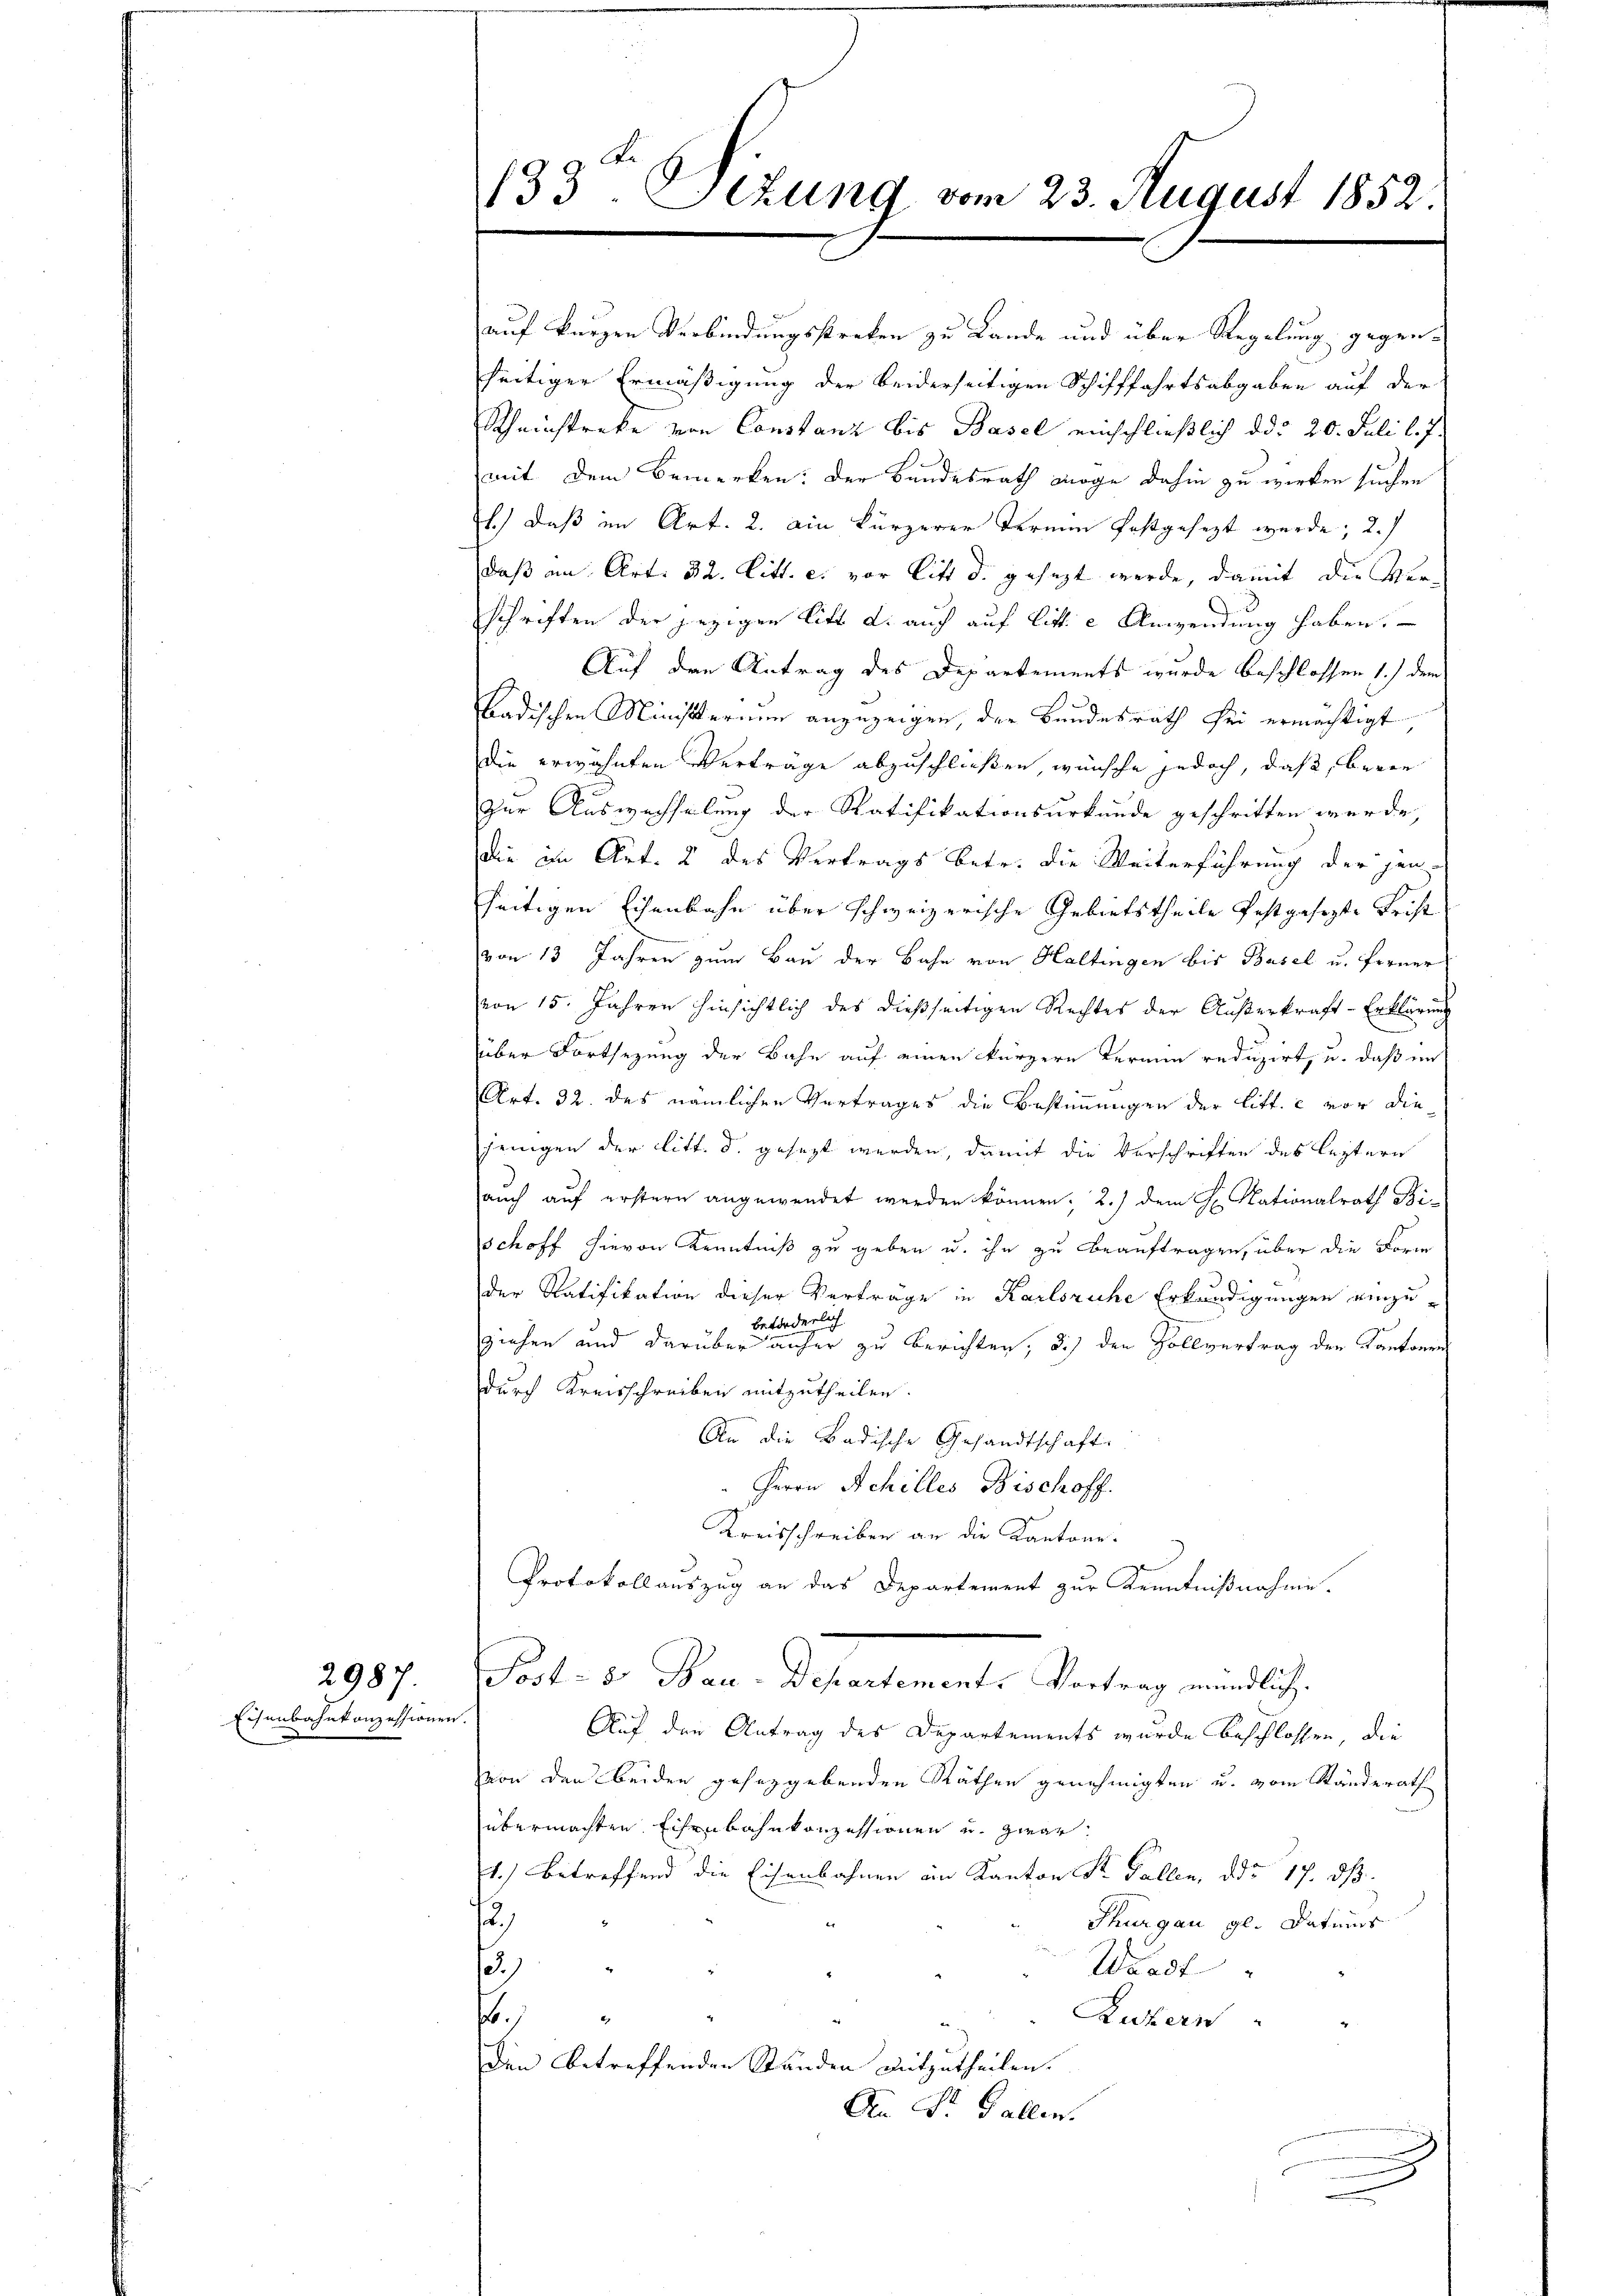
2987.
Eisenbahnkonzessionen.

133. Sekung vom 23. August 1852

auf kurzen Verbindungsstreten zu Lande und über Regelung gegenseitiger Ermäßigung der beiderseitigen Schifffahrtsabgaben auf der
Scheinstreke von Constanz bis Basel einschließlich ddo 20. Juli l. J.
mit dem Bemerken: Der Bundesrath möge dahin zu wirken suchen
1.) Daß im Art. 2. ein kürzerer Termin festgesezt werde; 2.)
daß am Art. 32. Litt. c. vor litt d. gesezt werde, damit die Verschriften der jezigen litt d. auch auf Litt. c Anwendung haben,
Auf den Antrag des Departements wurde beschlossen 1.) dem
tradischen Ministerium anzuzeigen, der Bundesrath sei ermächtigt
die erwähnten Verträge abzuschließen wünsche jedoch, daß, berie
zur Auswachselung der Ratifikationsurkunde geschritten werde,
die im Art. 2 des Vertrags betr. die Weiterführung der Han-
seitigen Eisenbahn über schweizerische Gebietstheile festgesezte Frist
von 13 Jahren zum Bau der Bahn von Haltingen bis Basel u. freuer
von 15. Jahren hinsichtlich des dießseitigen Rechtes der Außerkraft-Erklärung
über Fortsezung der Bahn auf einen kürzern Termin reduzirt, u. daß mit
Art. 32. des nämlichen Vertrages die Bestimmungen der Litt. c vor die
jenigen der Litt. d. gesezt werden, damit die Vorschriften des leztern
auch auf erstern angewendet werden können; 2.) dem H. Nationalrath Bi-
schoff hievon Kenntniß zu geben u. ihn zu beauftragen, über die Form
der Ratifikation dieser Verträge in Karlsruhe Erkundigungen einzu
beförderlich
ziehen und darüber anher zu Berichten, d.) den Zollvertrag den Kantonen
durch Kreisschreiben mitzutheilen.
An die Badische Gesandtschaft.
Herrn Achilles Bischoff.
Kreisschreiben an die Kantone.
Protokoll auszug an das Departement zur Kenntnißnahme.
Jost - 5. Bau-Departement: Vortrag mündlich.
Auf den Antrag des Departements wurde beschlossen, die
von den beiden gesetzgebenden Räthen genehmigten u. vom Standerath
übermachten Eisenbahnkonzessionen u. zwar
1.) Betreffend die Eisenbahnen im Kanton St. Gallen, ddo 17. ds.
72)
Thurgau gl. Datums
)
Waadt
.
d
Rutern
den betreffenden Ständen mitzutheilen.
An St. Gallen.
n
x
.